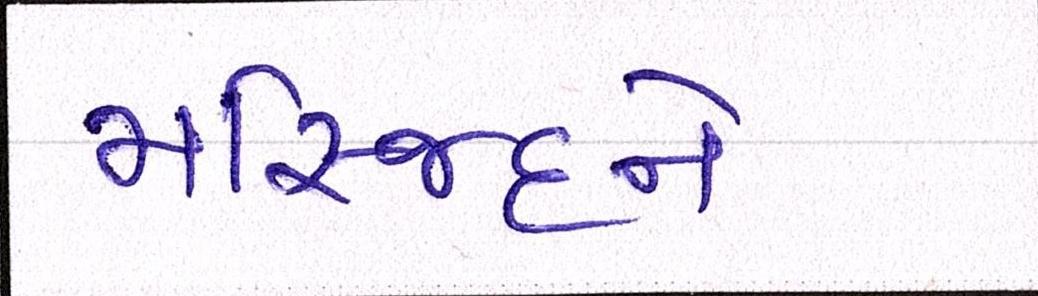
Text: મસ્જિદને